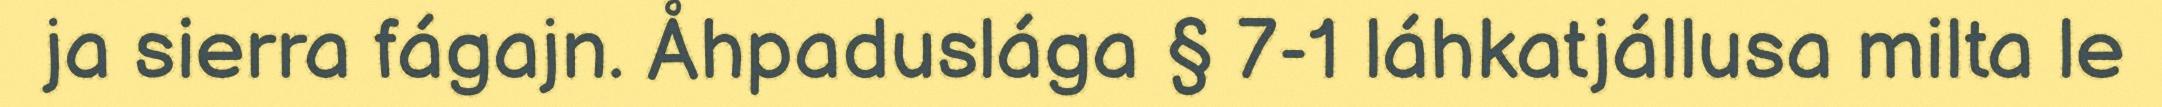
ja sierra fágajn. Åhpaduslága § 7-1 láhkatjállusa milta le